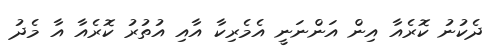
ދެކުނު ކޮރެއާ އިން އަންނަނީ އެމެރިކާ އާއި އުތުރު ކޮރެއާ އާ މެދު